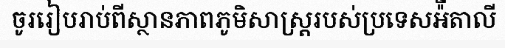
ចូររៀបរាប់ពីស្ថានភាពភូមិសាស្ត្ររបស់ប្រទេសអ៉ីតាលី